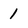
Character: 1